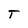
Character: T